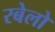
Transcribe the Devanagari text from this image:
रबेलो